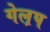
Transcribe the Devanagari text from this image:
गेल़प